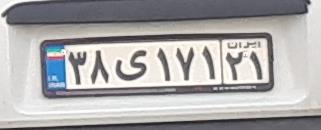
۳۸ی۱۷۱۲۱